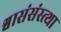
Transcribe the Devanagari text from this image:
श्वासंसंस्त्था